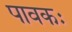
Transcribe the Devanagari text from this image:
पावकः